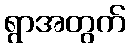
ရွာအတွက်